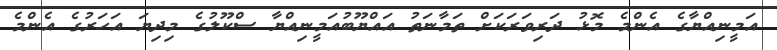
އަމީނިއްޔާގެ އެންމެ މޮޅު ދަރިވަރަކަށް ތަމާނަތު އައްޔޫބުއަމީނިއްޔާ ސްކޫލުގެ މިދިޔަ އަހަރުގެ އެންމެ